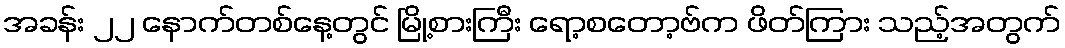
အခန်း ၂၂ နောက်တစ်နေ့တွင် မြို့စားကြီး ရော့စတော့ဗ်က ဖိတ်ကြား သည့်အတွက်